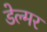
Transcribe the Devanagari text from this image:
डेल्मर